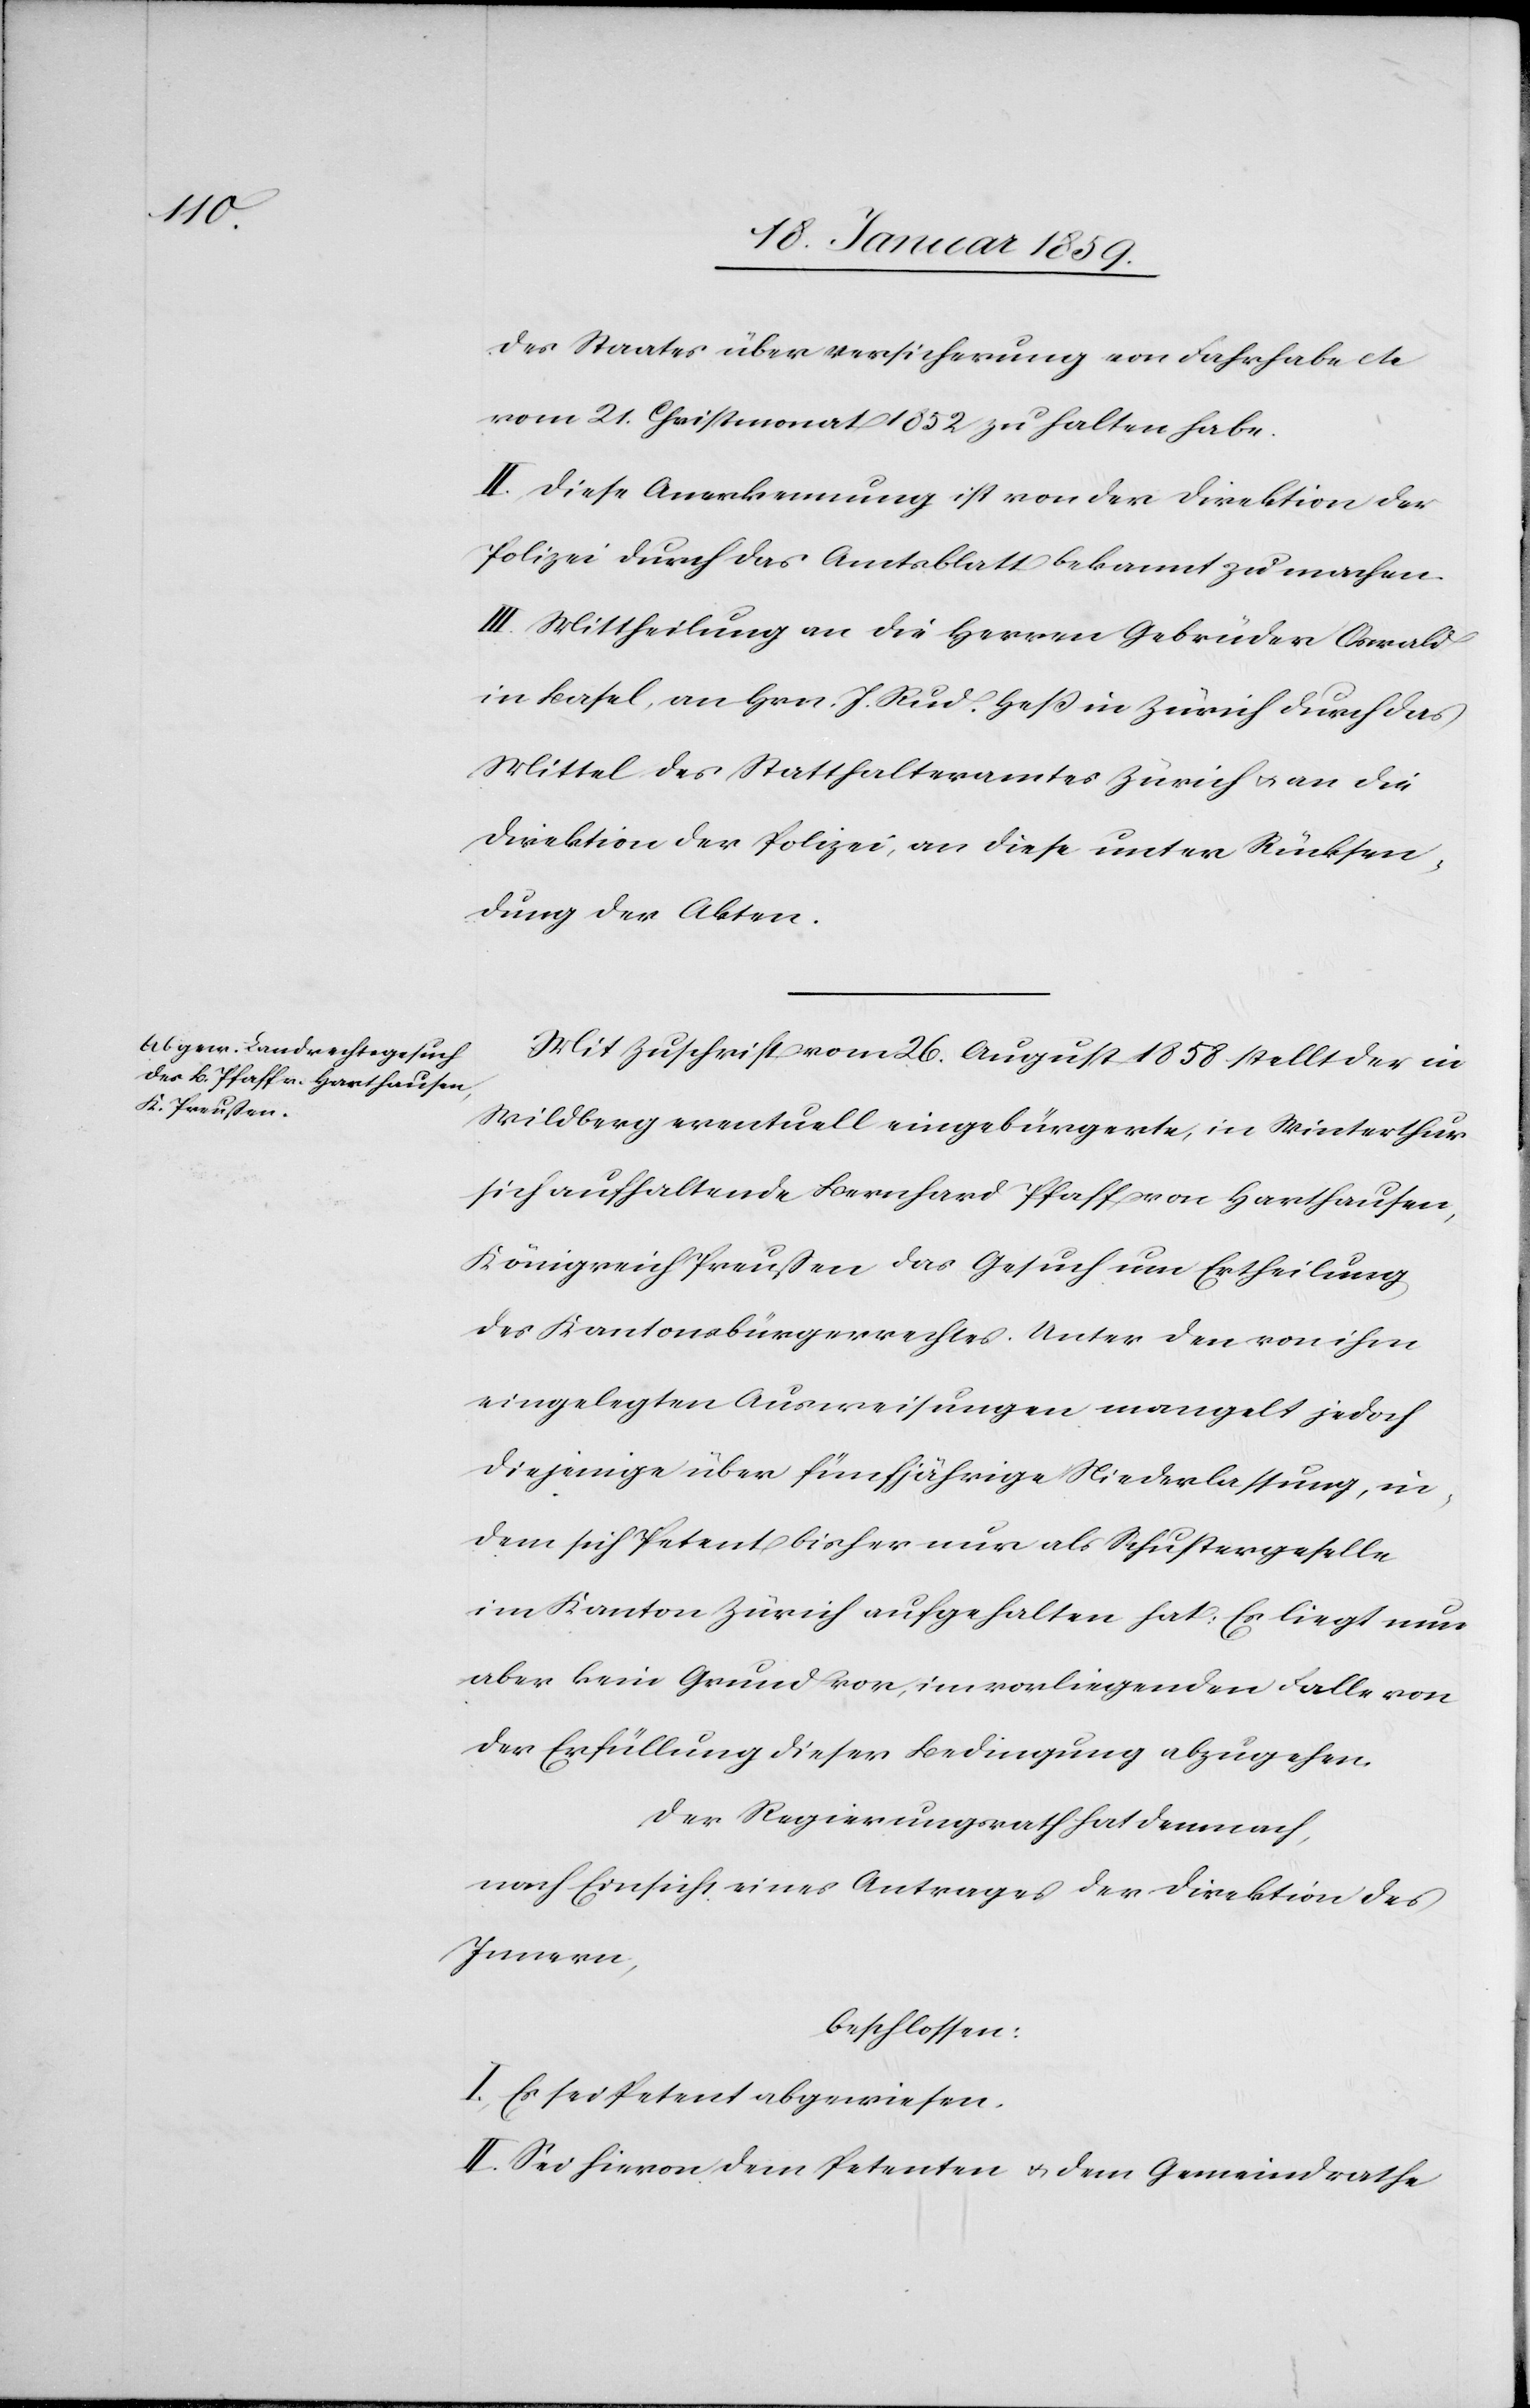
des Staates über Versicherung von Fahrhabe etc
vom 21. Christmonat 1852 zu halten habe.
II Diese Anerkennung ist von der Direktion der
Polizei durch das Amtsblatt bekannt zu machen.
III. Mittheilung an die Herren Gebrüder Oswald
in Basel, an Hrn. J. Rud. Heß in Zürich durch das
Mittel des Statthalteramtes Zürich u. an die
Direktion der Polizei, an diese unter Rücksen¬
dung der Akten.
Mit Zuschrift vom 26. August 1858 stellt der in
Wildberg eventuell eingebürgerte, in Winterthur
sich aufhaltende Bernhard Pfaff von Harthausen,
Königreich Preußen das Gesuch um Ertheilung
des Kantonsbürgerrechtes. Unter den von ihm
eingelegten Ausweisungen mangelt jedoch
diejenige über fünfjährige Niederlassung, in¬
dem sich Petent bisher nur als Schustergeselle
im Kanton Zürich aufgehalten hat: Es liegt nun
aber kein Grund vor, im vorliegenden Falle von
der Erfüllung dieser Bedingung abzugehen.
Der Regierungsrath hat demnach,
nach Einsicht eines Antrages der Direktion des
Innern,
beschlossen:
I. Es sei Petent abgewiesen.
II Sei hievon dem Petenten u. dem Gemeindrathe